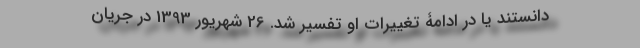
دانستند یا در ادامۀ تغییرات او تفسیر شد. 26 شهریور 1393 در جریان